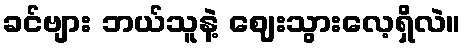
ခင်ဗျား ဘယ်သူနဲ့ ဈေးသွားလေ့ရှိလဲ။